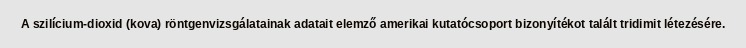
A szilícium-dioxid (kova) röntgenvizsgálatainak adatait elemző amerikai kutatócsoport bizonyítékot talált tridimit létezésére.